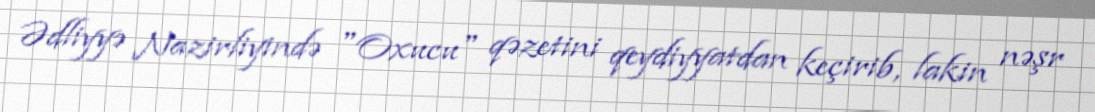
Ədliyyə Nazirliyində "Oxucu" qəzetini qeydiyyatdan keçirib, lakin nəşr